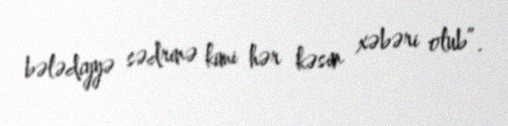
bələdiyyə sədrinə kimi hər kəsin xəbəri olub”.